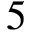
5